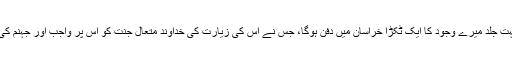
رسول خدا (ص) نے فرمایا: بہت جلد میرے وجود کا ایک ٹکڑا خراسان میں دفن ہوگا، جس نے اس کی زیارت کی خداوند متعال جنت کو اس پر واجب اور جہنم کی آگ کو اس پر حرام کرے گا۔